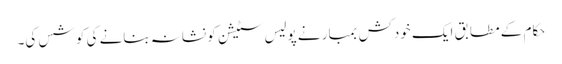
حکام کے مطابق ایک خودکش بمبار نے پولیس سٹیشن کو نشانہ بنانے کی کوشس کی۔